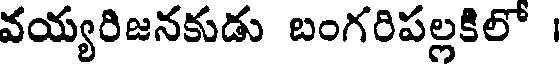
వయ్యరిజనకుడు బంగరిపల్లకిలో